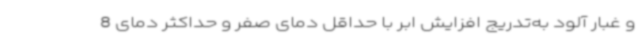
و غبار آلود به‌تدریج افزایش ابر با حداقل دمای صفر و حداکثر دمای 8